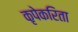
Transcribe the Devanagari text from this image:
कृपेकरिता